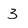
Character: 3